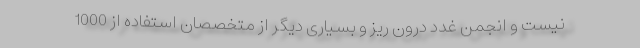
نیست و انجمن غدد درون ریز و بسیاری دیگر از متخصصان استفاده از 1000